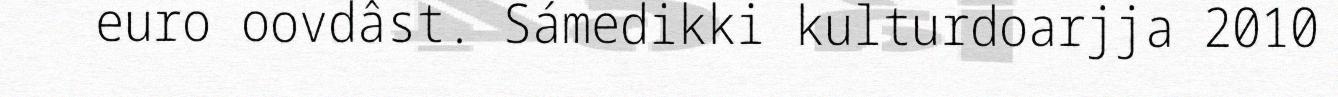
euro oovdâst. Sámedikki kulturdoarjja 2010